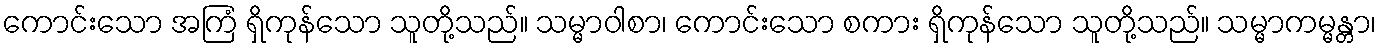
ကောင်းသော အကြံ ရှိကုန်သော သူတို့သည်။ သမ္မာဝါစာ၊ ကောင်းသော စကား ရှိကုန်သော သူတို့သည်။ သမ္မာကမ္မန္တာ၊